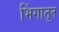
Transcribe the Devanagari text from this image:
भिंगातून